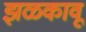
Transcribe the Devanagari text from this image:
झळकावू